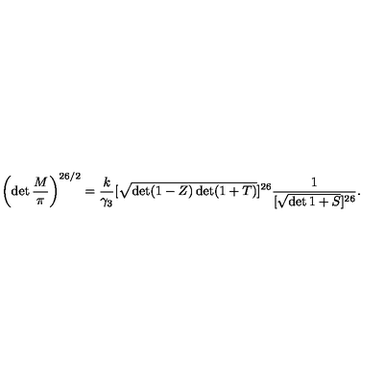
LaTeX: \left( \det \frac { M } { \pi } \right) ^ { 2 6 / 2 } = \frac { k } { \gamma _ { 3 } } [ \sqrt { \det ( 1 - Z ) \det ( 1 + T ) } ] ^ { 2 6 } \frac { 1 } { [ \sqrt { \det 1 + S } ] ^ { 2 6 } } .